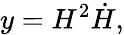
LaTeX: y=H^{2}\dot{H},